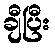
ချီပြီး